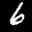
Label: 6